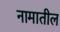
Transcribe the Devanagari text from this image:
नामातील